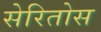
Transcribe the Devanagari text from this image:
सेरितोस